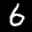
Label: 6